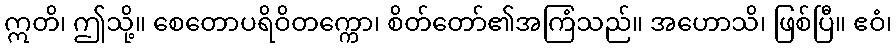
ဣတိ၊ ဤသို့။ စေတောပရိဝိတက္ကော၊ စိတ်တော်၏အကြံသည်။ အဟောသိ၊ ဖြစ်ပြီ။ ဧဝံ၊